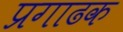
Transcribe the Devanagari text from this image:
प्रगाढक